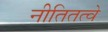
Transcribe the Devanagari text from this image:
नीतितत्वे